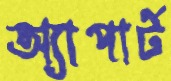
অ্যাপার্ট